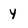
Character: y